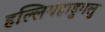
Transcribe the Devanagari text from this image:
हल्लियहाडुगलु